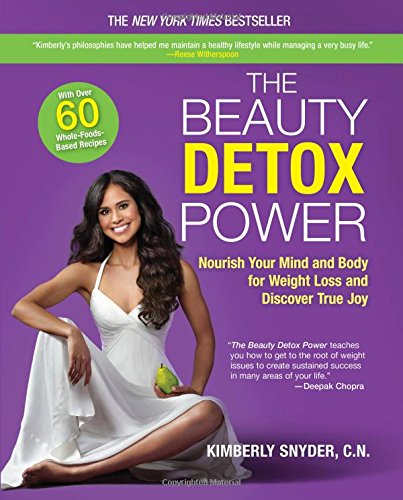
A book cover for The Beauty Detox Power: Nourish Your Mind and Body for Weight Loss and Discover True Joy; Kimberly Snyder; Health, Fitness & Dieting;